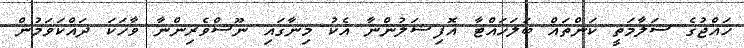
ހައްޖުގެ ސަލާމަތީ ކަންތައް ބަލަހައްޓާ އޮފިޝަލުންނާ އެކު މިނާގައި ނޫސްވެރިންނާ ވާހަކަ ދައްކަވަމުން